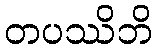
တပဿိဘိ